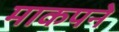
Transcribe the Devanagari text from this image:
माकपने